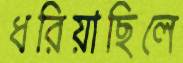
ধরিয়াছিলে